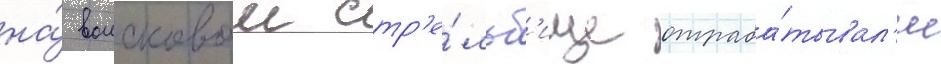
на́ воисковом стр'е́льб'ище отраба́тывал'и